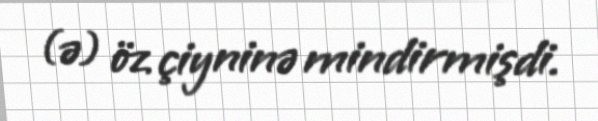
(ə) öz çiyninə mindirmişdi.